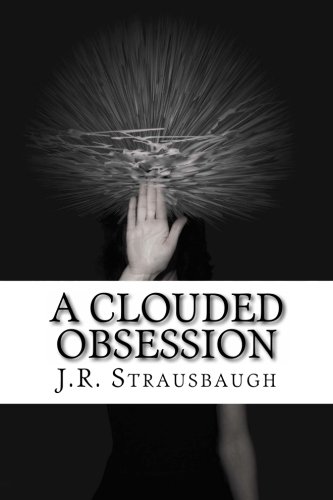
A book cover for A Clouded Obsession (The Clouded Series) (Volume 3); J.R. Strausbaugh; Romance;